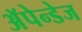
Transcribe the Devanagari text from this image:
अॅपेन्डेज